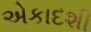
એકાદશી